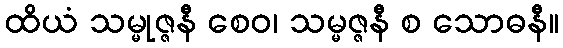
ထိယံ သမ္မုဇ္ဇနီ စေဝ၊ သမ္မဇ္ဇနီ စ သောဓနီ။